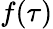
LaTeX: f(\tau)